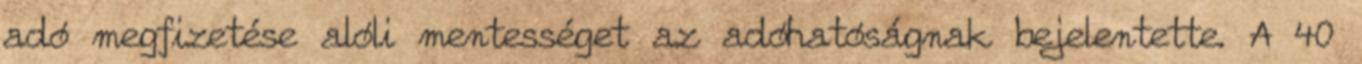
adó megfizetése alóli mentességet az adóhatóságnak bejelentette. A 40